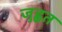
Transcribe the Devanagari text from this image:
जुह्वत